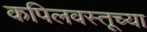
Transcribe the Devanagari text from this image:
कपिलवस्तूच्या